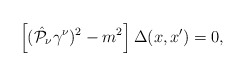
\begin{align*}\left[( \hat{{\cal P}}_{\nu} \gamma^{\nu})^2 - m^2 \right]\Delta(x,x')=0,\end{align*}